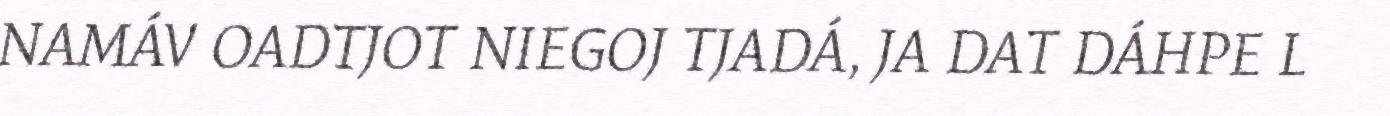
NAMÁV OADTJOT NIEGOJ TJADÁ, JA DAT DÁHPE L